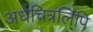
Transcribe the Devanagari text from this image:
अर्धचित्रलिपि